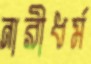
নারীধর্ম